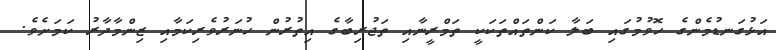
އަޅުގަނޑުމެންގެ ހޮވުމުގައި ބަލާ ކަންތައްތަކަކީ ތަމްރީނާއި ތަޖުރިބާގެ އިތުރުން ހުނަރުވެރިކަމާއި ޒިންމާދާރު ކަމަށެވެ.